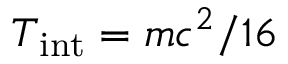
T _ { \mathrm { i n t } } = m c ^ { 2 } / 1 6